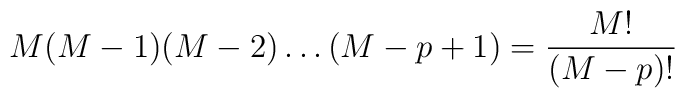
M(M-1)(M-2)\ldots(M-p+1)=\frac{M!}{(M-p)!}